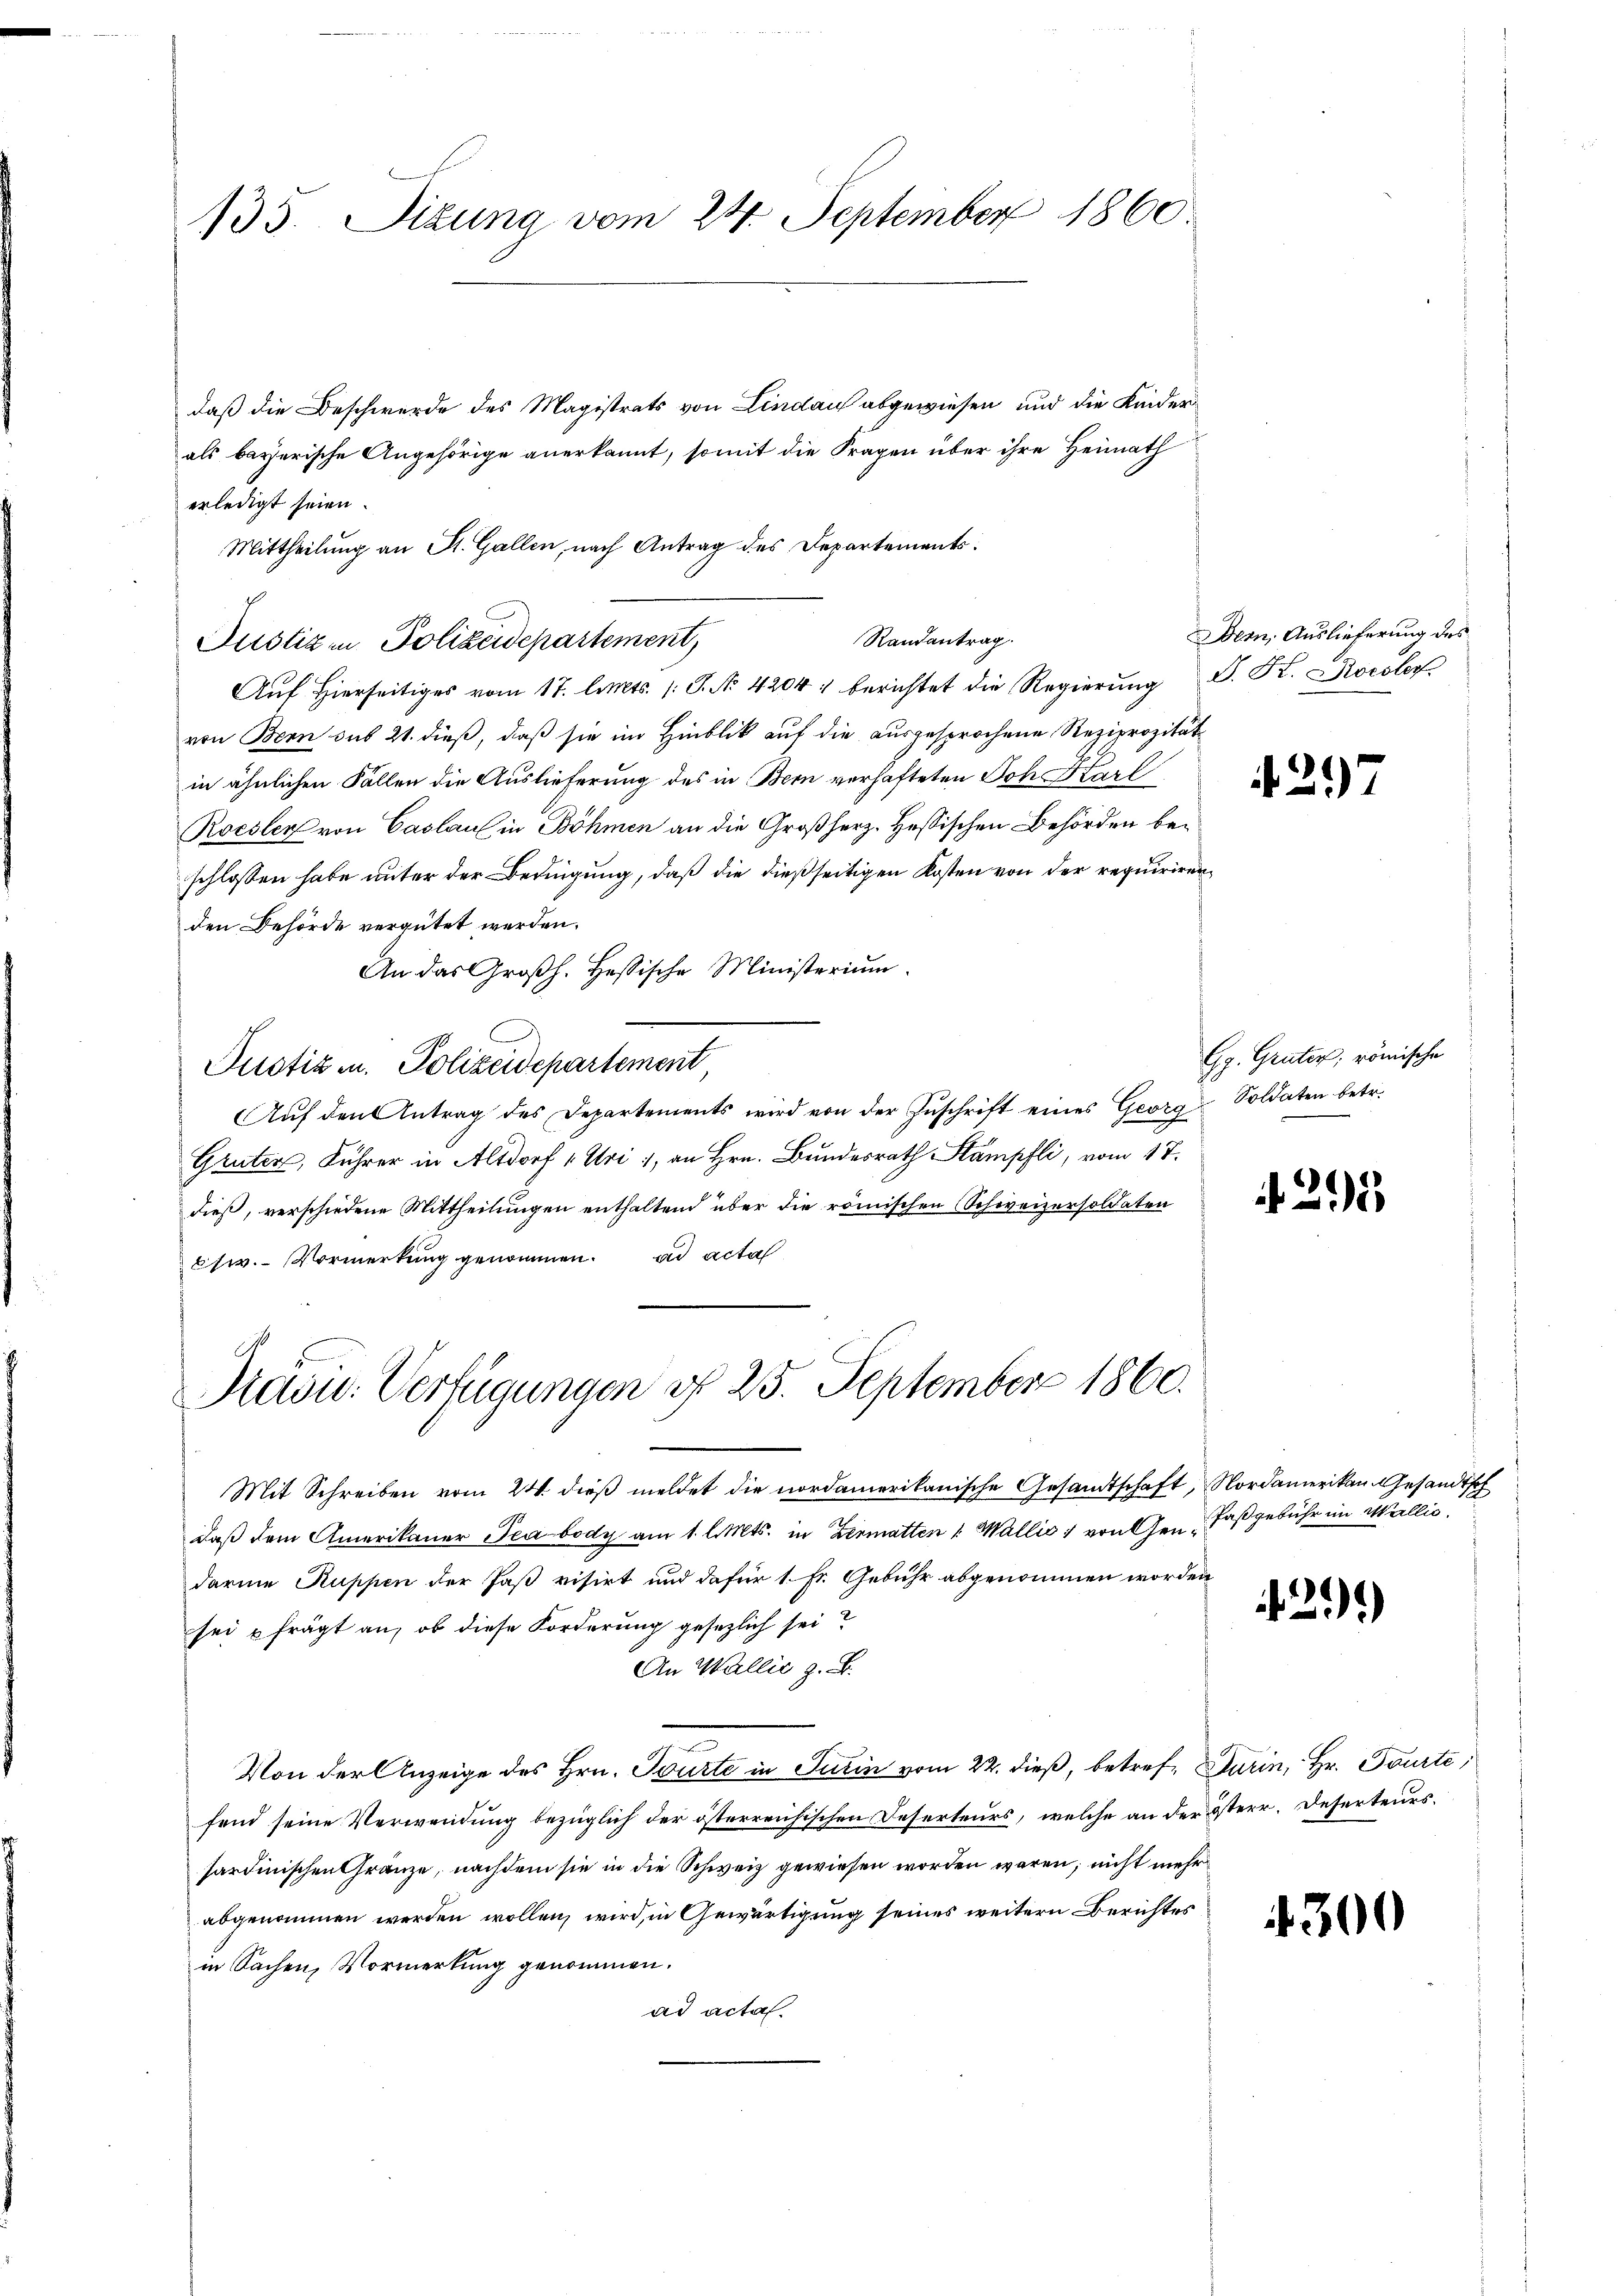
135. Sizung vom 24. September 1860.

daß die Beschwerde des Magistrats von Lindau abgewiesen und die Kinderals bayerische Angehörige anerkannt, somit die Fragen über ihre Heimath
erledigt seien.
Mittheilung an St. Gallen, nach Antrag des Departements.
s
Justiz in Polizeidepartement,
Auf Hierseitiges vom 17. Cts. (T. No. 42047 berichtet die Regierung S. R. Korster
von Bern aus 21. dieß, daß sie im Hinblik auf die ausgesprochene Reziprozität
in ähnlichen Fällen die Auslieferung des in Bern verhafteten Joh. Karl
Roesler von Caslauf in Böhmen an die Großherz. Hessischen Behörden beschlossen habe unter der Bedingung, daß die dießseitigen Kosten von der requirirenden Behörde vergütet werden.
An das Großh. Hessische Ministerium.
Justiz u. Polizeidepartement
Aŭf den Antrag des Departements wird von der Zŭschrift eines Georg Soldaten betr.
Grüten, Führer in Altdorf v. Uri, an Hrn. Bundesrath Stämpfli, vom 17.
dieß, verschiedene Mittheilungen enthaltend über die römischen Schweizersoldaten
csw.- Vormerkung genommen. ad acta
Präsid. Verfügungen d. 25. September 1860.

Randantrag.

Mit Schreiben vom 24. dieß meldet die nordamerikanische Gesandtschaft, Nordamerikan Gesandtsch
daß dem Amerikaner Pea body am 1. l. Mts. in Zermatten u. Wallis 1 von Gen. Faßgebühr im Wallis.
darin Ruppen der Paß visirt und dafür 1. Fr. Gebühr abgenommen worden
sei frägt an, ob diese Forderung gesezlich sei?
An Wallie z. B.
Von der Anzeige des Hrn. Tourte in Turin vom 22. dieß, betref Turin, Hr. Tourte;
fend seine Verwendung bezüglich der österreichischen Deserteurs, welche an der österr. Deserteurssardinischen Gränze, nachdem sie in die Schweiz gewiesen worden wären; nicht mehr
abgenommen werden wollen, wird, in Gewärtigung seines weitern Berichtes
in Sachen, Vormerkung genommen.
ad acta.

Bern, Auslieferung des

27

Gg. Grüter, römische

25

2.)

300